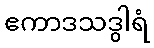
ဧကာဒသဒွါရံ